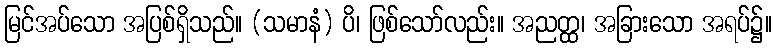
မြင်အပ်သော အပြစ်ရှိသည်။ (သမာနံ) ပိ၊ ဖြစ်သော်လည်း။ အညတ္ထ၊ အခြားသော အရပ်၌။